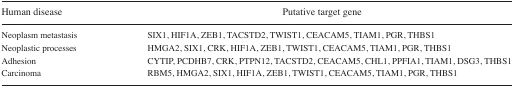
<table><thead><tr><td><b>Human disease</b></td><td><b>Putative target gene</b></td></tr></thead><tbody><tr><td>Neoplasm metastasis</td><td>SIX1, HIF1A, ZEB1, TACSTD2, TWIST1, CEACAM5, TIAM1, PGR, THBS1</td></tr><tr><td>Neoplastic processes</td><td>HMGA2, SIX1, CRK, HIF1A, ZEB1, TWIST1, CEACAM5, TIAM1, PGR, THBS1</td></tr><tr><td>Adhesion</td><td>CYTIP, PCDHB7, CRK, PTPN12, TACSTD2, CEACAM5, CHL1, PPFIA1, TIAM1, DSG3, THBS1</td></tr><tr><td>Carcinoma</td><td>RBM5, HMGA2, SIX1, HIF1A, ZEB1, TWIST1, CEACAM5, TIAM1, PGR, THBS1</td></tr></tbody></table>